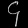
Digit: ၄